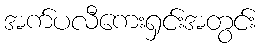
အက်ပလီကေးရှင်းအတွင်း